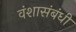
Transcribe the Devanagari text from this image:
वंशासंबंधी